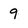
Character: 9